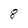
Character: 8